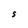
Character: S